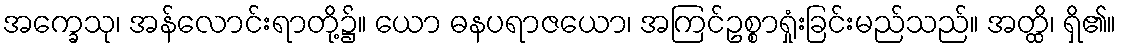
အက္ခေသု၊ အန်လောင်းရာတို့၌။ ယော ဓနပရာဇယော၊ အကြင်ဥစ္စာရှုံးခြင်းမည်သည်။ အတ္ထိ၊ ရှိ၏။